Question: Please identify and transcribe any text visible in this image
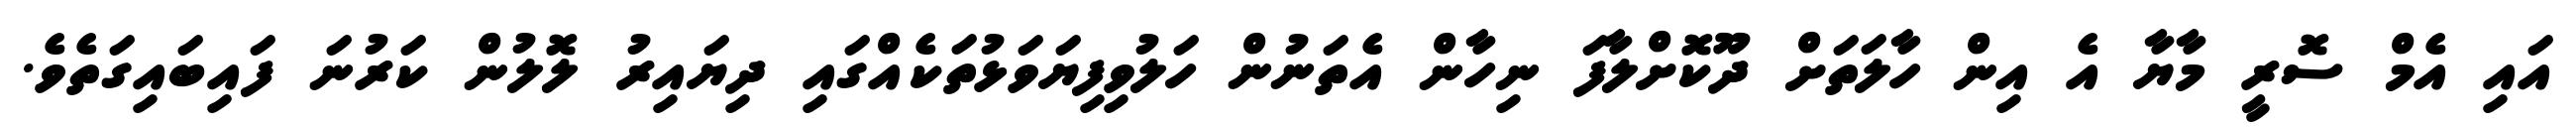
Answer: އައި އެމް ސޮރީ މާޔާ އެ އިން ހާލަތަށް ދޫކޮށްލާފަ ނިހާން އެތަނުން ހަލުވިފިޔަވަޅުތަކެއްގައި ދިޔައިރު ލޮލުން ކަރުނަ ފައިބައިގަތެވެ.